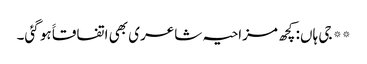
** جی ہاں: کچھ مزاحیہ شاعری بھی اتفاقاََ ہو گئی۔